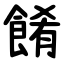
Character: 餚